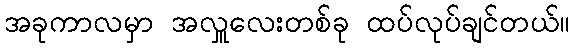
အခုကာလမှာ အလှူလေးတစ်ခု ထပ်လုပ်ချင်တယ်။